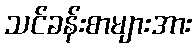
သင်ခန်းစာများအား